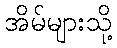
အိမ်များသို့